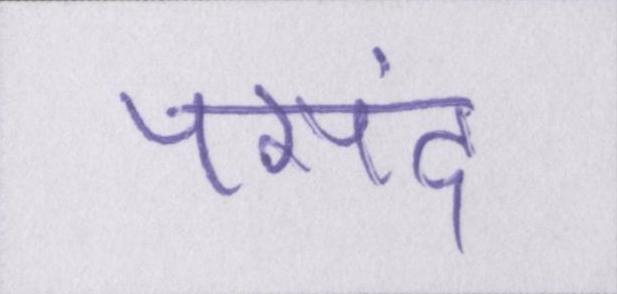
पसंद